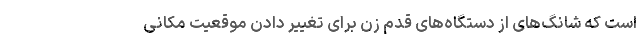
است که شانگ‌های از دستگاه‌های قدم زن برای تغییر دادن موقعیت مکانی